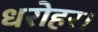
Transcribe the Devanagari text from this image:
धरोहर।